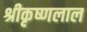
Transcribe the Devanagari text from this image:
श्रीकृष्णलाल